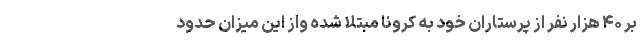
بر ۴۰ هزار نفر از پرستاران خود به کرونا مبتلا شده واز این میزان حدود